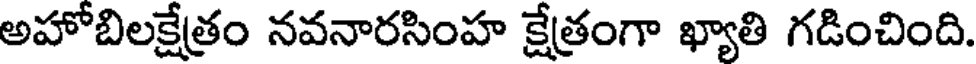
అహోబిలక్షేత్రం నవనారసింహ క్షేత్రంగా ఖ్యాతి గడించింది.